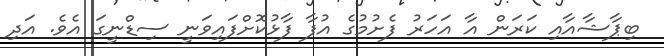
ބިޕާޝާއާއި ކަރަން އާ އަހަރު ފެށުމުގެ އުފާ ފާޅުކޮށްފައިވަނީ ސިޑްނީގަ އެވެ. އަދި